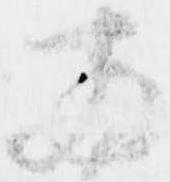
両